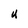
Character: U